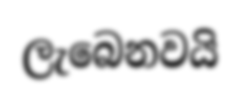
ලැබෙනවයි